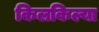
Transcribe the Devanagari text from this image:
किलकिल्या